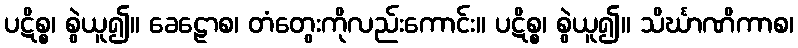
ပဋိစ္စ၊ စွဲယူ၍။ ခေဠောစ၊ တံတွေးကိုလည်းကောင်း။ ပဋိစ္စ၊ စွဲယူ၍။ သိင်္ဃာဏိကာစ၊